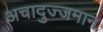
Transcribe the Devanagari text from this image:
अचादुज्जमान